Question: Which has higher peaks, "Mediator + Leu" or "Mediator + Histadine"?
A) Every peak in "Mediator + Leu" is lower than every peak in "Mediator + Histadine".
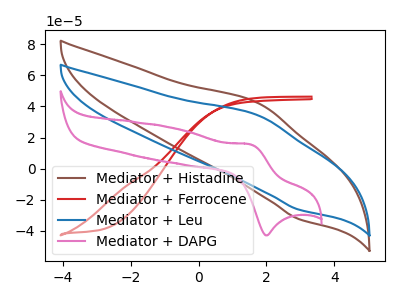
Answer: <think>The brown curve "Mediator + Histadine" has an anodic peak at (1.75V, 42.00uA) and a cathodic peak at (2.95V, -32.35uA). The red curve "Mediator + Ferrocene" has no peaks. The blue curve "Mediator + Leu" has an anodic peak at (1.75V, 34.10uA) and a cathodic peak at (2.95V, -26.25uA). The pink curve "Mediator + DAPG" has an anodic peak at (1.50V, 15.65uA) and a cathodic peak at (2.00V, -42.85uA).</think>
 <answer>A) Every peak in "Mediator + Leu" is lower than every peak in "Mediator + Histadine".</answer>
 <eval>A</eval>